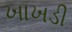
ખાખડી